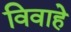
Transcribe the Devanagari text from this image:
विवाहे